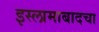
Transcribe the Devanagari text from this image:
इस्लामाबादचा